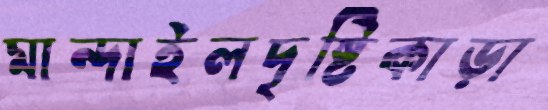
মান্দাইলদৃষ্টিকাড়া